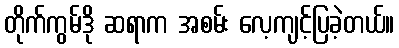
တိုက်ကွမ်ဒို ဆရာက အစမ်း လေ့ကျင့်ပြခဲ့တယ်။